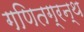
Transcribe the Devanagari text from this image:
गणितग्रन्थ